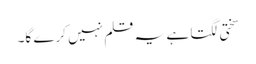
سختی لگتا ہے یہ قلم نہیں کرے گا۔